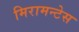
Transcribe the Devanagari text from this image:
मिरामन्टेस